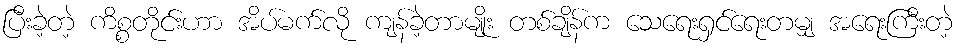
ပြီးခဲ့တဲ့ ကိစ္စတိုင်းဟာ အိပ်မက်လို ကျန်ခဲ့တာမျိုး တစ်ချိန်က သေရေးရှင်ရေးတမျှ အရေးကြီးတဲ့